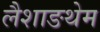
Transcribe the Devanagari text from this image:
लैशाङथेम